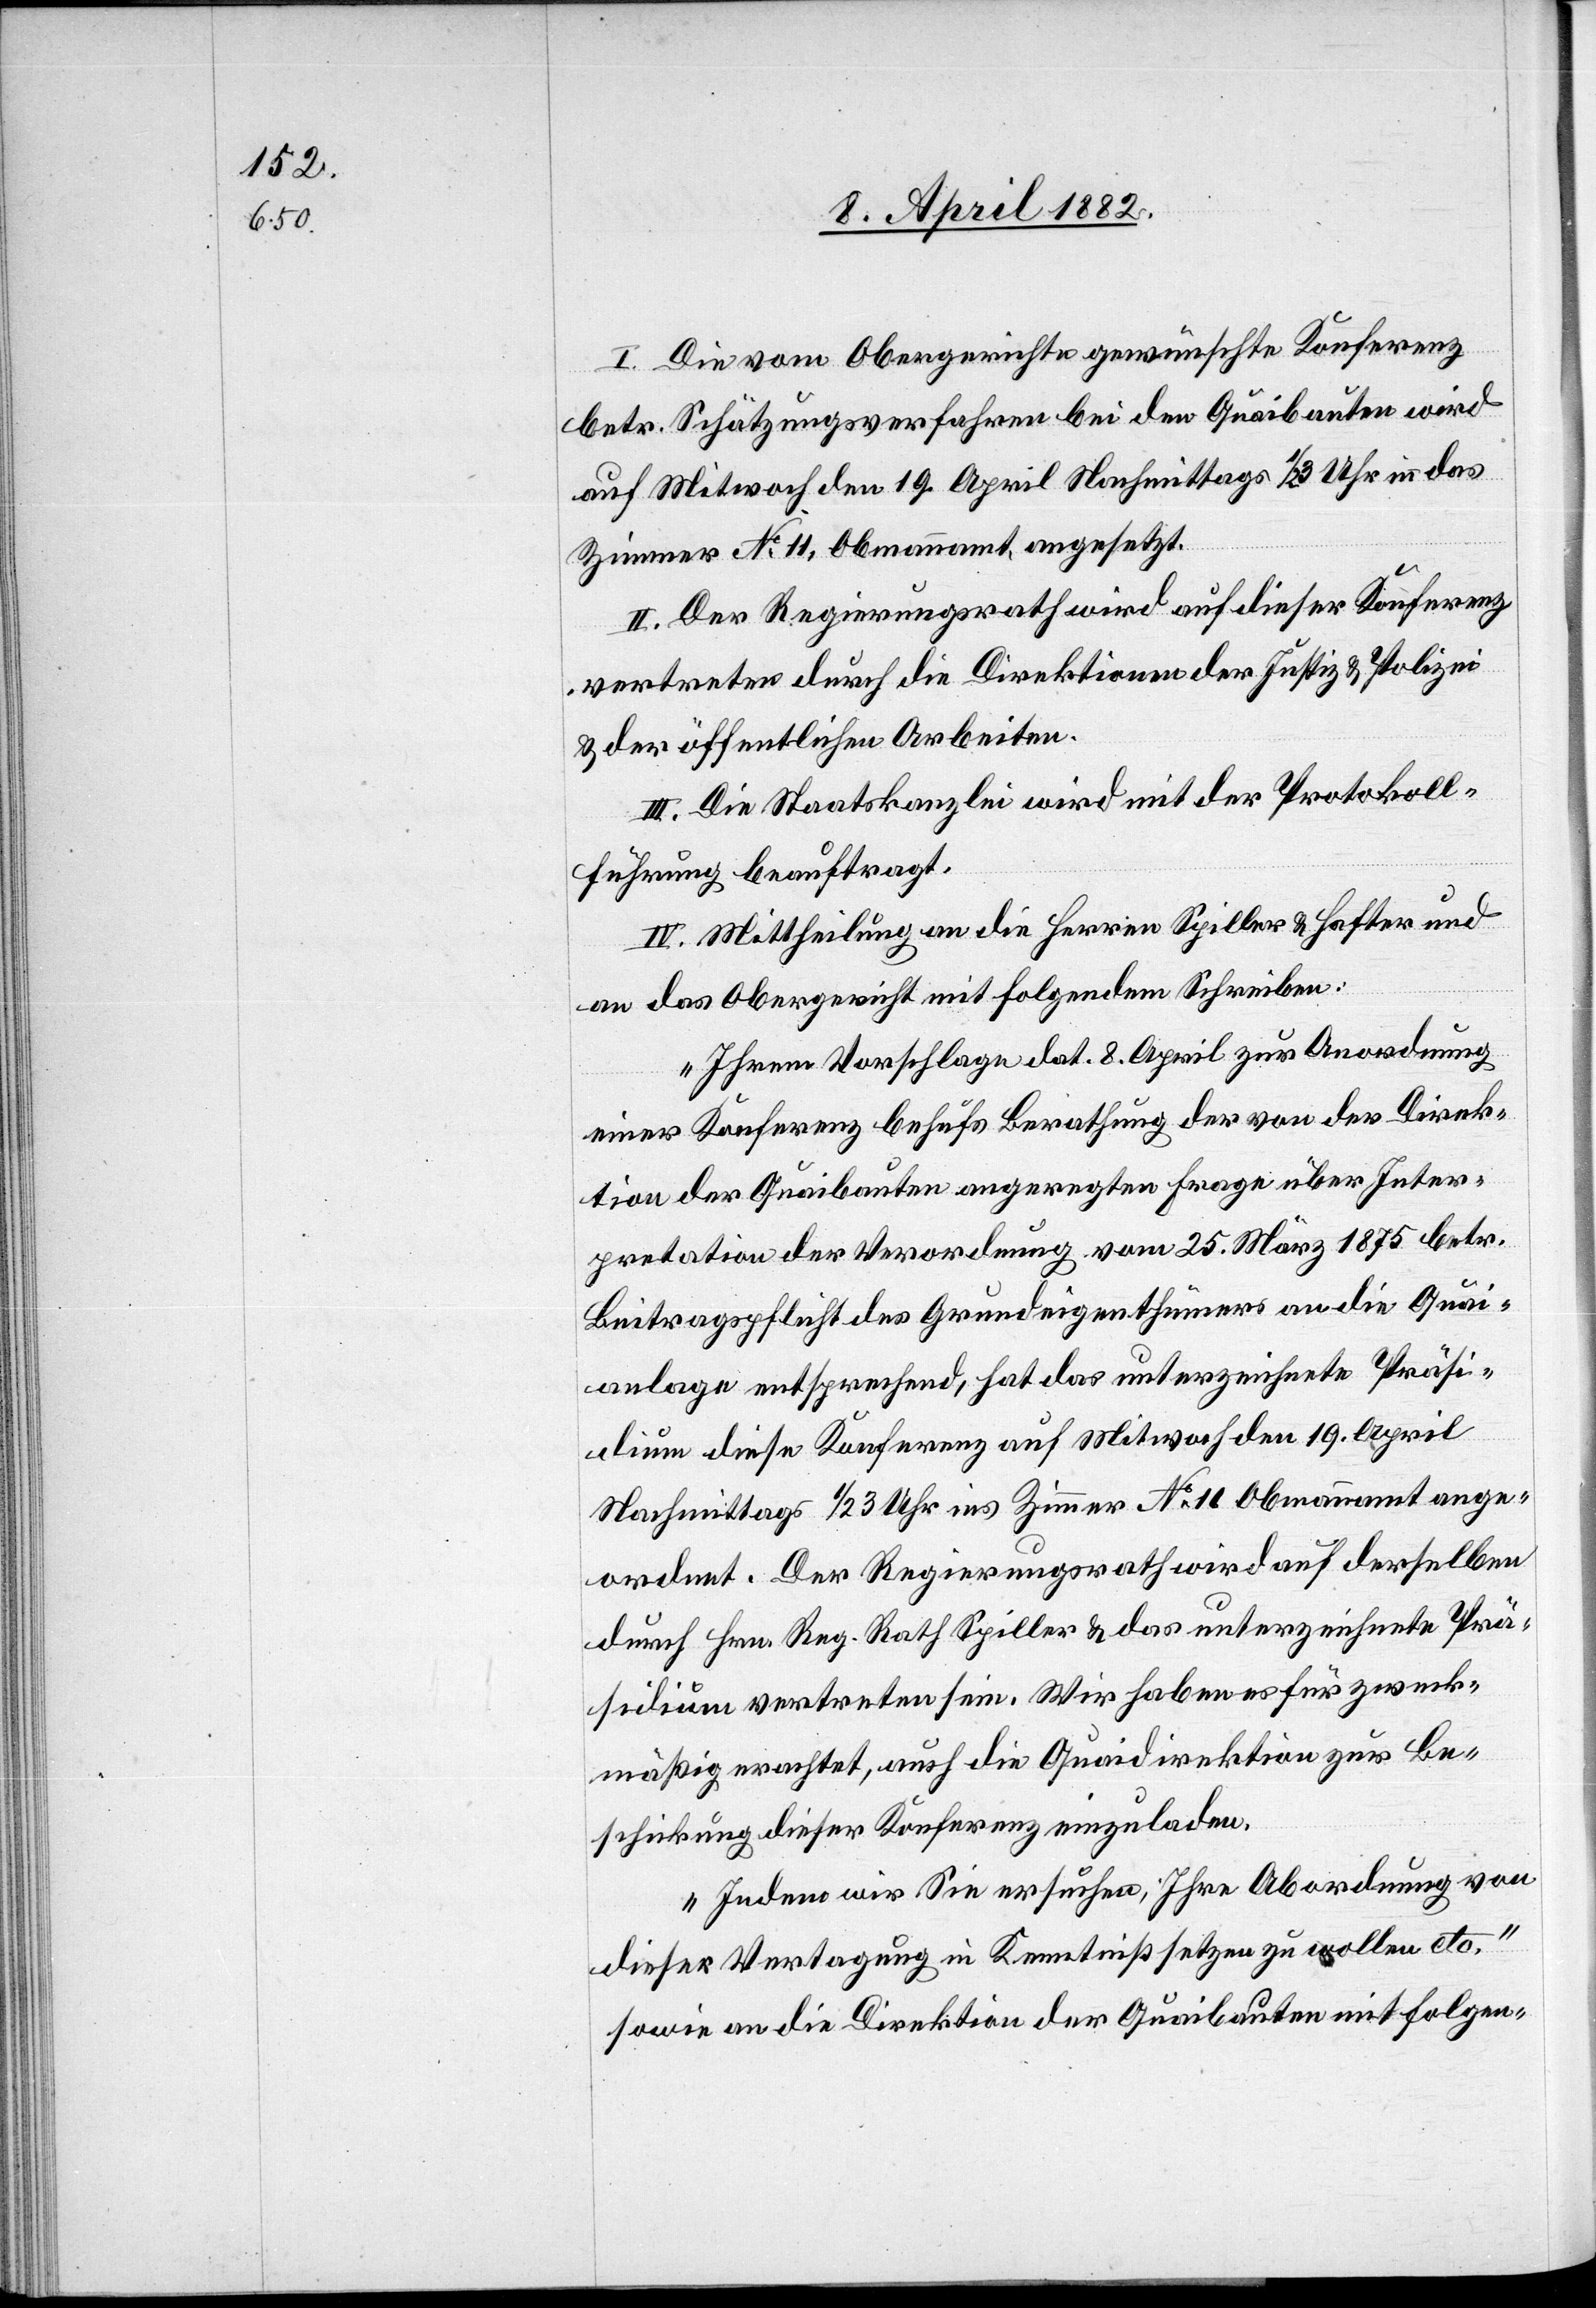
I. Die vom Obergerichte gewünschte Konferenz
betr. Schätzungsverfahren bei den Quaibauten wird
auf Mitwoch den 19. April Nachmittags 1/2 3 Uhr in das
Zimmer No 11, Obmannamt, angesetzt.
II. Der Regierungsrath wird auf dieser Konferenz
vertreten durch die Direktionen der Justiz & Polizei
& der öffentlichen Arbeiten.
III. Die Staatskanzlei wird mit der Protokoll¬
führung beauftragt.
IV. Mittheilung an die Herren Spiller & Hafter und
an das Obergericht mit folgendem Schreiben:
„Ihrem Vorschlage dat. 8. April zur Anordnung
einer Konferenz behufs Berathung der von der Direk¬
tion der Quaibauten angeregten Frage über Inter¬
pretation der Verordnung vom 25. März 1875 betr.
Beitragspflicht des Grundeigenthümers an die Quai¬
anlage entsprechend, hat das unterzeichnete Präsi¬
dium diese Konferenz auf Mitwoch den 19. April
Nachmittags 1/2 3 Uhr ins Zimmer No 11 Obmannamt ange¬
ordnet. Der Regierungsrath wird auf derselben
durch Hrn. Reg. Rath Spiller & das unterzeichnete Prä¬
sidium vertreten sein. Wir haben es für zweck¬
mäßig erachtet, auch die Quaidirektion zur Be¬
schickung dieser Konferenz einzuladen.
Indem wir Sie ersuchen, Ihre Abordnung von
dieser Vertagung in Kenntniß setzen zu wollen etc.“
sowie an die Direktion der Quaibauten mit folgen-